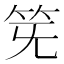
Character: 𥬗